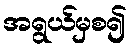
အရွယ်မှစ၍